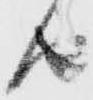
由